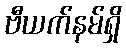
ဗီယက်နမ်ရှိ